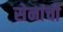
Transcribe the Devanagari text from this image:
सेनांची